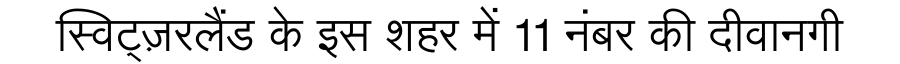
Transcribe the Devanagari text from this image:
स्विट्ज़रलैंड के इस शहर में 11 नंबर की दीवानगी